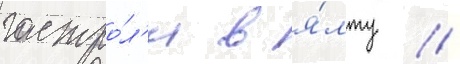
гастро́л'и в я́лту //